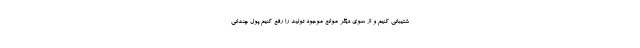
شتیبانی کنیم و از سوی دیگر موانع موجود تولید را رفع کنیم پول چندانی